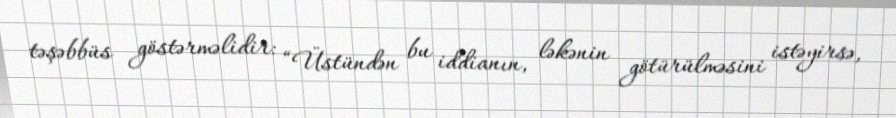
təşəbbüs göstərməlidir: “Üstündən bu iddianın, ləkənin götürülməsini istəyirsə,